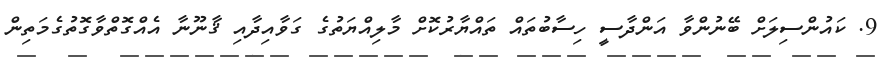
9. ކައުންސިލަށް ބޭނުންވާ އަންދާސީ ހިސާބުތައް ތައްޔާރުކޮށް މާލިއްޔަތުގެ ގަވާއިދާއި ޤާނޫނާ އެއްގޮތްވާގޮތުގެމަތިން